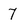
Character: 7